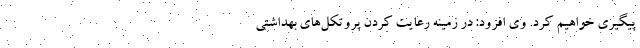
پیگیری خواهیم کرد. وی افزود: در زمینه رعایت کردن پروتکل‌های بهداشتی